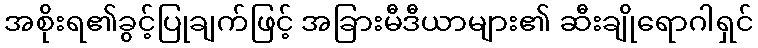
အစိုးရ၏ခွင့်ပြုချက်ဖြင့် အခြားမီဒီယာများ၏ ဆီးချိုရောဂါရှင်